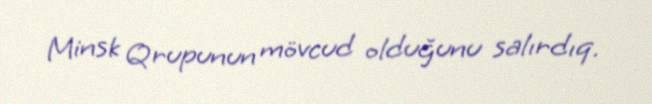
Minsk Qrupunun mövcud olduğunu salırdıq.